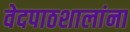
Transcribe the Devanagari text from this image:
वेदपाठशालांना